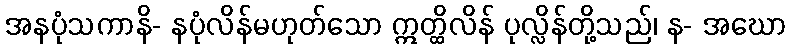
အနပုံသကာနိ- နပုံလိန်မဟုတ်သော ဣတ္ထိလိန် ပုလ္လိန်တို့သည်၊ န- အဃော